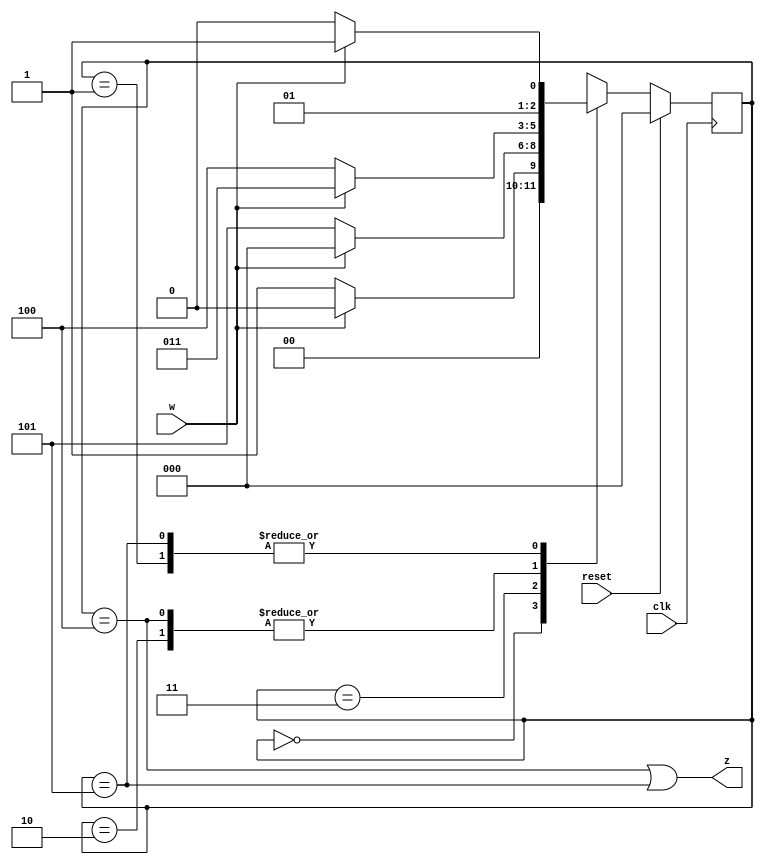
module top_module (
    input clk,
    input reset,     // synchronous reset
    input w,
    output z);
    
    localparam A = 0, B = 1, C = 2, D = 3, E = 4, F = 5;
    reg [3:1] Y,y;
    
    always @(*)
        begin
            case(y)
                A:Y=w?A:B;
                B:Y=w?D:C;
                C:Y=w?D:E;
                D:Y=w?A:F;
                E:Y=w?D:E;
                F:Y=w?D:C;
                default:Y=3'bxxx;
            endcase
        end
    
    always @(posedge clk)
        begin
            if(reset)
                y<=A;
            else
                y<=Y;
        end
    
    assign z = (y==E)|(y==F);

endmodule